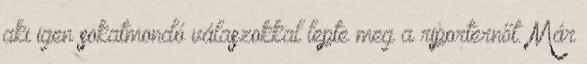
aki igen sokatmondó válaszokkal lepte meg a riporternőt. Már